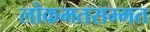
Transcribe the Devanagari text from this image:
लोकमतसम्मत